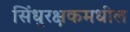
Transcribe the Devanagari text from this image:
सिंधुरक्षकमधील